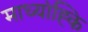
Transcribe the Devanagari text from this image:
माध्यांह्कि